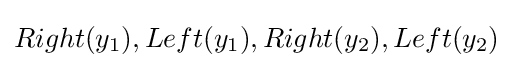
Right(y_{1}),Left(y_{1}),Right(y_{2}),Left(y_{2})